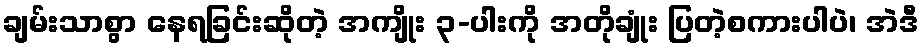
ချမ်းသာစွာ နေရခြင်းဆိုတဲ့ အကျိုး ၃-ပါးကို အတိုချုံး ပြတဲ့စကားပါပဲ၊ အဲဒီ